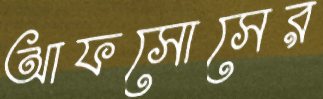
আফসোসের